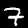
Label: 7